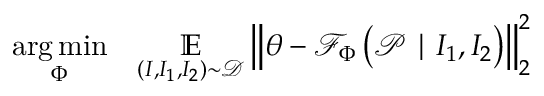
\begin{array} { r l } { \underset { \boldsymbol { \Phi } } { \arg \operatorname* { m i n } } } & { { } \underset { \left( \boldsymbol { I } , \boldsymbol { I _ { 1 } } , \boldsymbol { I _ { 2 } } \right) \sim \mathcal { D } } { \mathbb { E } } \left\| \boldsymbol { \theta } - \mathcal { F } _ { \boldsymbol { \Phi } } \left( \boldsymbol { \mathcal { P } } \mid \boldsymbol { I _ { 1 } } , \boldsymbol { I _ { 2 } } \right) \right\| _ { 2 } ^ { 2 } } \end{array}